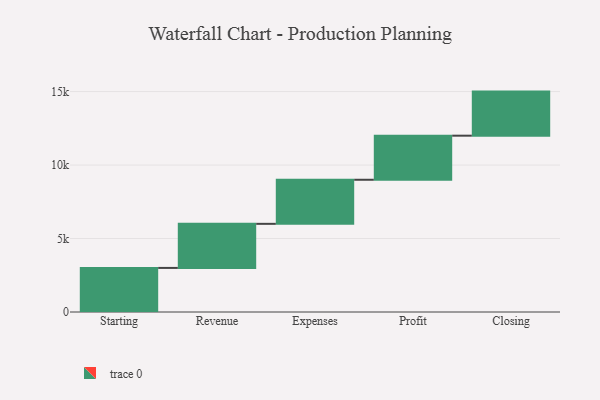
{"axis": {"x": "Step", "y": "Value"}, "legend": [""], "data": [{"x": "Starting", "y": 3000, "type": ""}, {"x": "Revenue", "y": 3000, "type": ""}, {"x": "Expenses", "y": 3000, "type": ""}, {"x": "Profit", "y": 3000, "type": ""}, {"x": "Closing", "y": 3000, "type": ""}]}